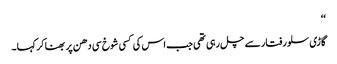
‘‘
گاڑی سلو رفتار سے چل رہی تھی جب اس کی کسی شوخ سی دھن پر بھنا کر کہا۔